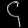
Digit: ၄